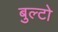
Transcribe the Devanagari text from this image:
बुल्टो